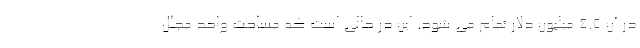
در آن 4.5 میلیون دلار تمام می شود. این در حالی است که مساحت واحد مجلل